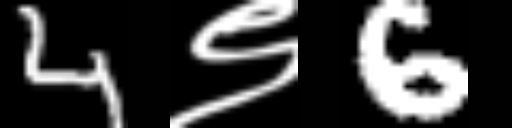
Text: 4९6